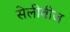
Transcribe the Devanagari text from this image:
सेलीबीज